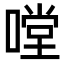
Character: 嘡